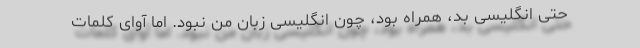
حتی انگلیسی بد، همراه بود، چون انگلیسی زبان من نبود. اما آوای کلمات